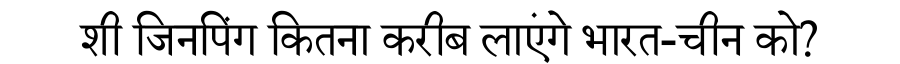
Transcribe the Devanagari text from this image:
शी जिनपिंग कितना करीब लाएंगे भारत-चीन को?